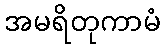
အမရိတုကာမံ